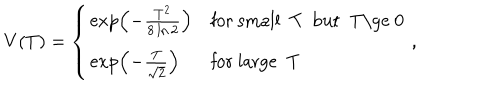
V ( T ) = \left\{ \begin{array} { l l } { { \exp \left( - \frac { T ^ { 2 } } { 8 \ln 2 } \right) } } & { { \mathrm { f o r ~ s m a l l ~ T ~ b u t ~ T \ge ~ 0 ~ } } } \\ { { \exp \left( - \frac { T } { \sqrt { 2 } } \right) } } & { { \mathrm { f o r ~ l a r g e ~ T ~ } } } \\ \end{array} , \right.